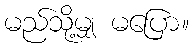
မည်သို့မျှ မပြော။